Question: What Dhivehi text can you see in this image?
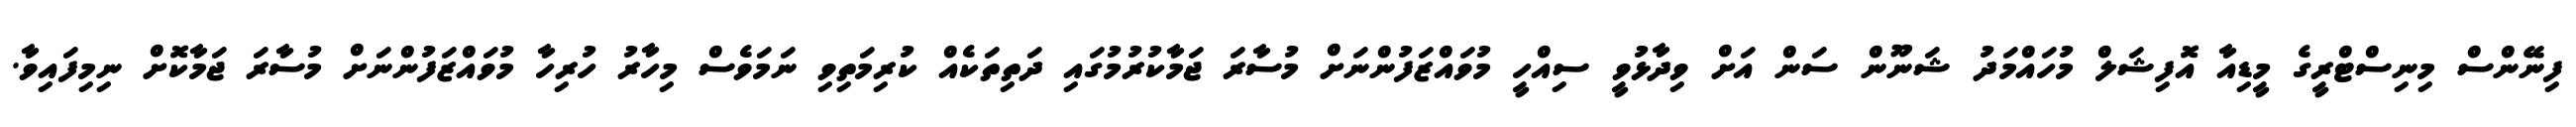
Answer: ފިނޭންސް މިނިސްޓްރީގެ މީޑިއާ އޮފިޝަލް މުހައްމަދު ޝަނޫން ސަން އަށް ވިދާޅުވީ ސިއްހީ މުވައްޒަފުންނަށް މުސާރަ ޖަމާކުރުމުގައި ދަތިތަކެއް ކުރިމަތިވި ނަމަވެސް މިހާރު ހުރިހާ މުވައްޒަފުންނަށް މުސާރަ ޖަމާކޮށް ނިމިފައިވާ.